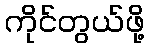
ကိုင်တွယ်ဖို့